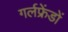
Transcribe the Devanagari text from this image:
गर्लफ्रेंडों